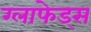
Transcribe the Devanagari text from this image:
ग्लाफेड्स